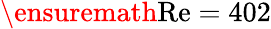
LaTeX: \ensuremath{\mathrm{Re}}=402